Report on vaccination North-West Frontier Province 1904-1922 - 1904-1922
Year: 1904
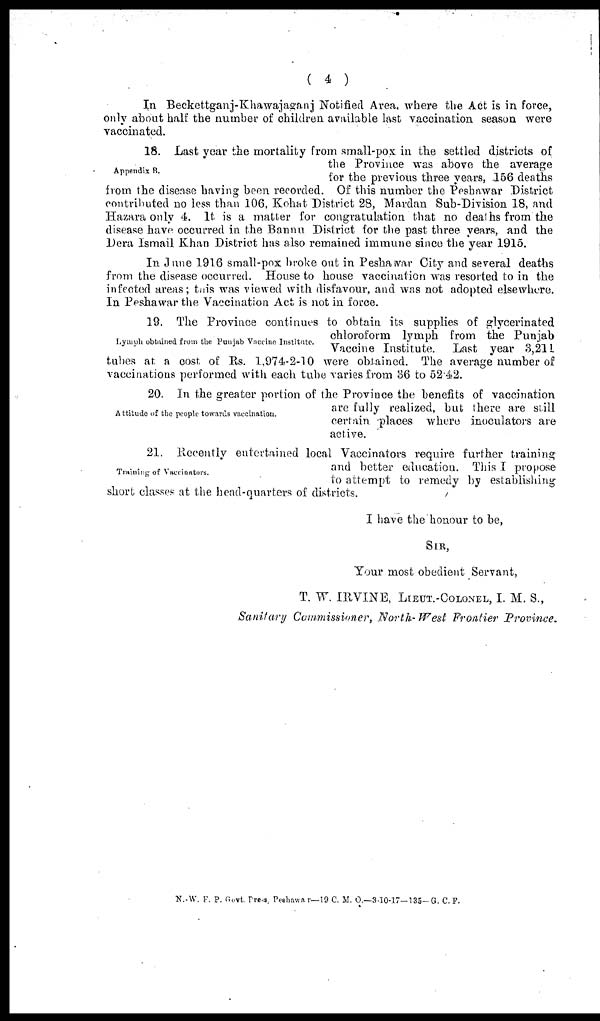
( 4 )
In Beckettganj-Khawajaganj Notified Area, where the Act is in force,
only about half the number of children available last vaccination season were
vaccinated.
Appendix B.
18. Last year the mortality from small-pox in the settled districts of
the Province was above the average
for the previous three years, 156 deaths
from the disease having been recorded. Of this number the Peshawar District
contributed no less than 106, Kohat District 28, Mardan Sub-Division 18, and
Hazara only 4. It is a matter for congratulation that no deaths from the
disease have occurred in the Bannu District for the past three years, and the
Dera Ismail Khan District has also remained immune since the year 1915.
In June 1916 small-pox broke out in Peshawar City and several deaths
from the disease occurred. House to house vaccination was resorted to in the
infected areas; this was viewed with disfavour, and was not adopted elsewhere.
In Peshawar the Vaccination Act is not in force.
Lymph obtained from the Punjab Vaccine Institute.
19. The Province continues to obtain its supplies of glycerinated
chloroform lymph from the Punjab
Vaccine Institute.
Last year 3,211
tubes at a cost of Rs. 1,974-2-10 were obtained. The average number of
vaccinations performed with each tube varies from 36 to 52 42.
Attitude of the people towards vaccination.
20. In the greater portion of the Province the benefits of vaccination
are fully realized, but there are still
certain places where inoculators are
active.
Training of Vaccinators.
21. Recently entertained local Vaccinators require further training
and better education. This I propose
to attempt to remedy by establishing
short classes at the head-quarters of districts.
I have the honour to be,
SIR,
Your most obedient Servant,
T. W. IRVINE, LIEUT.-COLONEL, I. M. S.,
Sanitary Commissioner, North-West
Frontier
Province.
N.W.F.P. Govt. Press, Peshawar—19 C. M. O.—3-10-17—135—G. C. F.